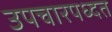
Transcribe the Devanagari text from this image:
उपचारपध्दत